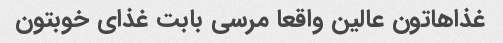
غذاهاتون عالین واقعا مرسی بابت غذای خوبتون